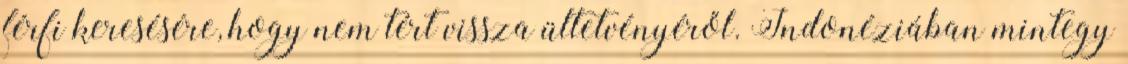
férfi keresésére, hogy nem tért vissza ültetvényéről. Indonéziában mintegy